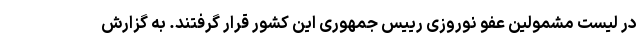
در لیست مشمولین عفو نوروزی رییس جمهوری این کشور قرار گرفتند. به گزارش